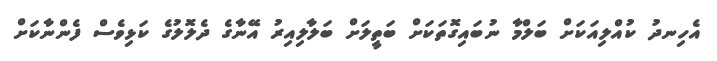
އެހިނދު ކުއްލިއަކަށް ބަލްމާ ނުބައިގޮތަކަށް ބަތީލަށް ބަލާލިއިރު އޭނާގެ ދެލޮލުގެ ކަޅިވެސް ފެންނާކަށް